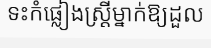
ទះកំផ្លៀងស្ត្រីម្នាក់ឱ្យដួល